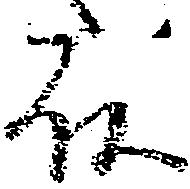
殿